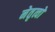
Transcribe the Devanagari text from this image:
नेतृत्वों